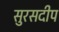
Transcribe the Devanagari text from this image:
सुरसदीप